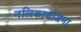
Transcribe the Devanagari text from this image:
नलिकायोजना